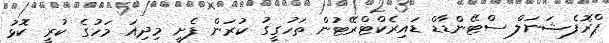
ޕްރޮފެޝަނަލް ސްޓޭންޑާޑް ޑައިރެކްޓްރޭޓުން ތަހުގީގު ކުރަން ފެށީ މިދިއަ މަހުގެ ކުރީ ކޮޅު